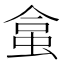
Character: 𧊧